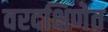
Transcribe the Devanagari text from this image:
वरदक्षिणेत